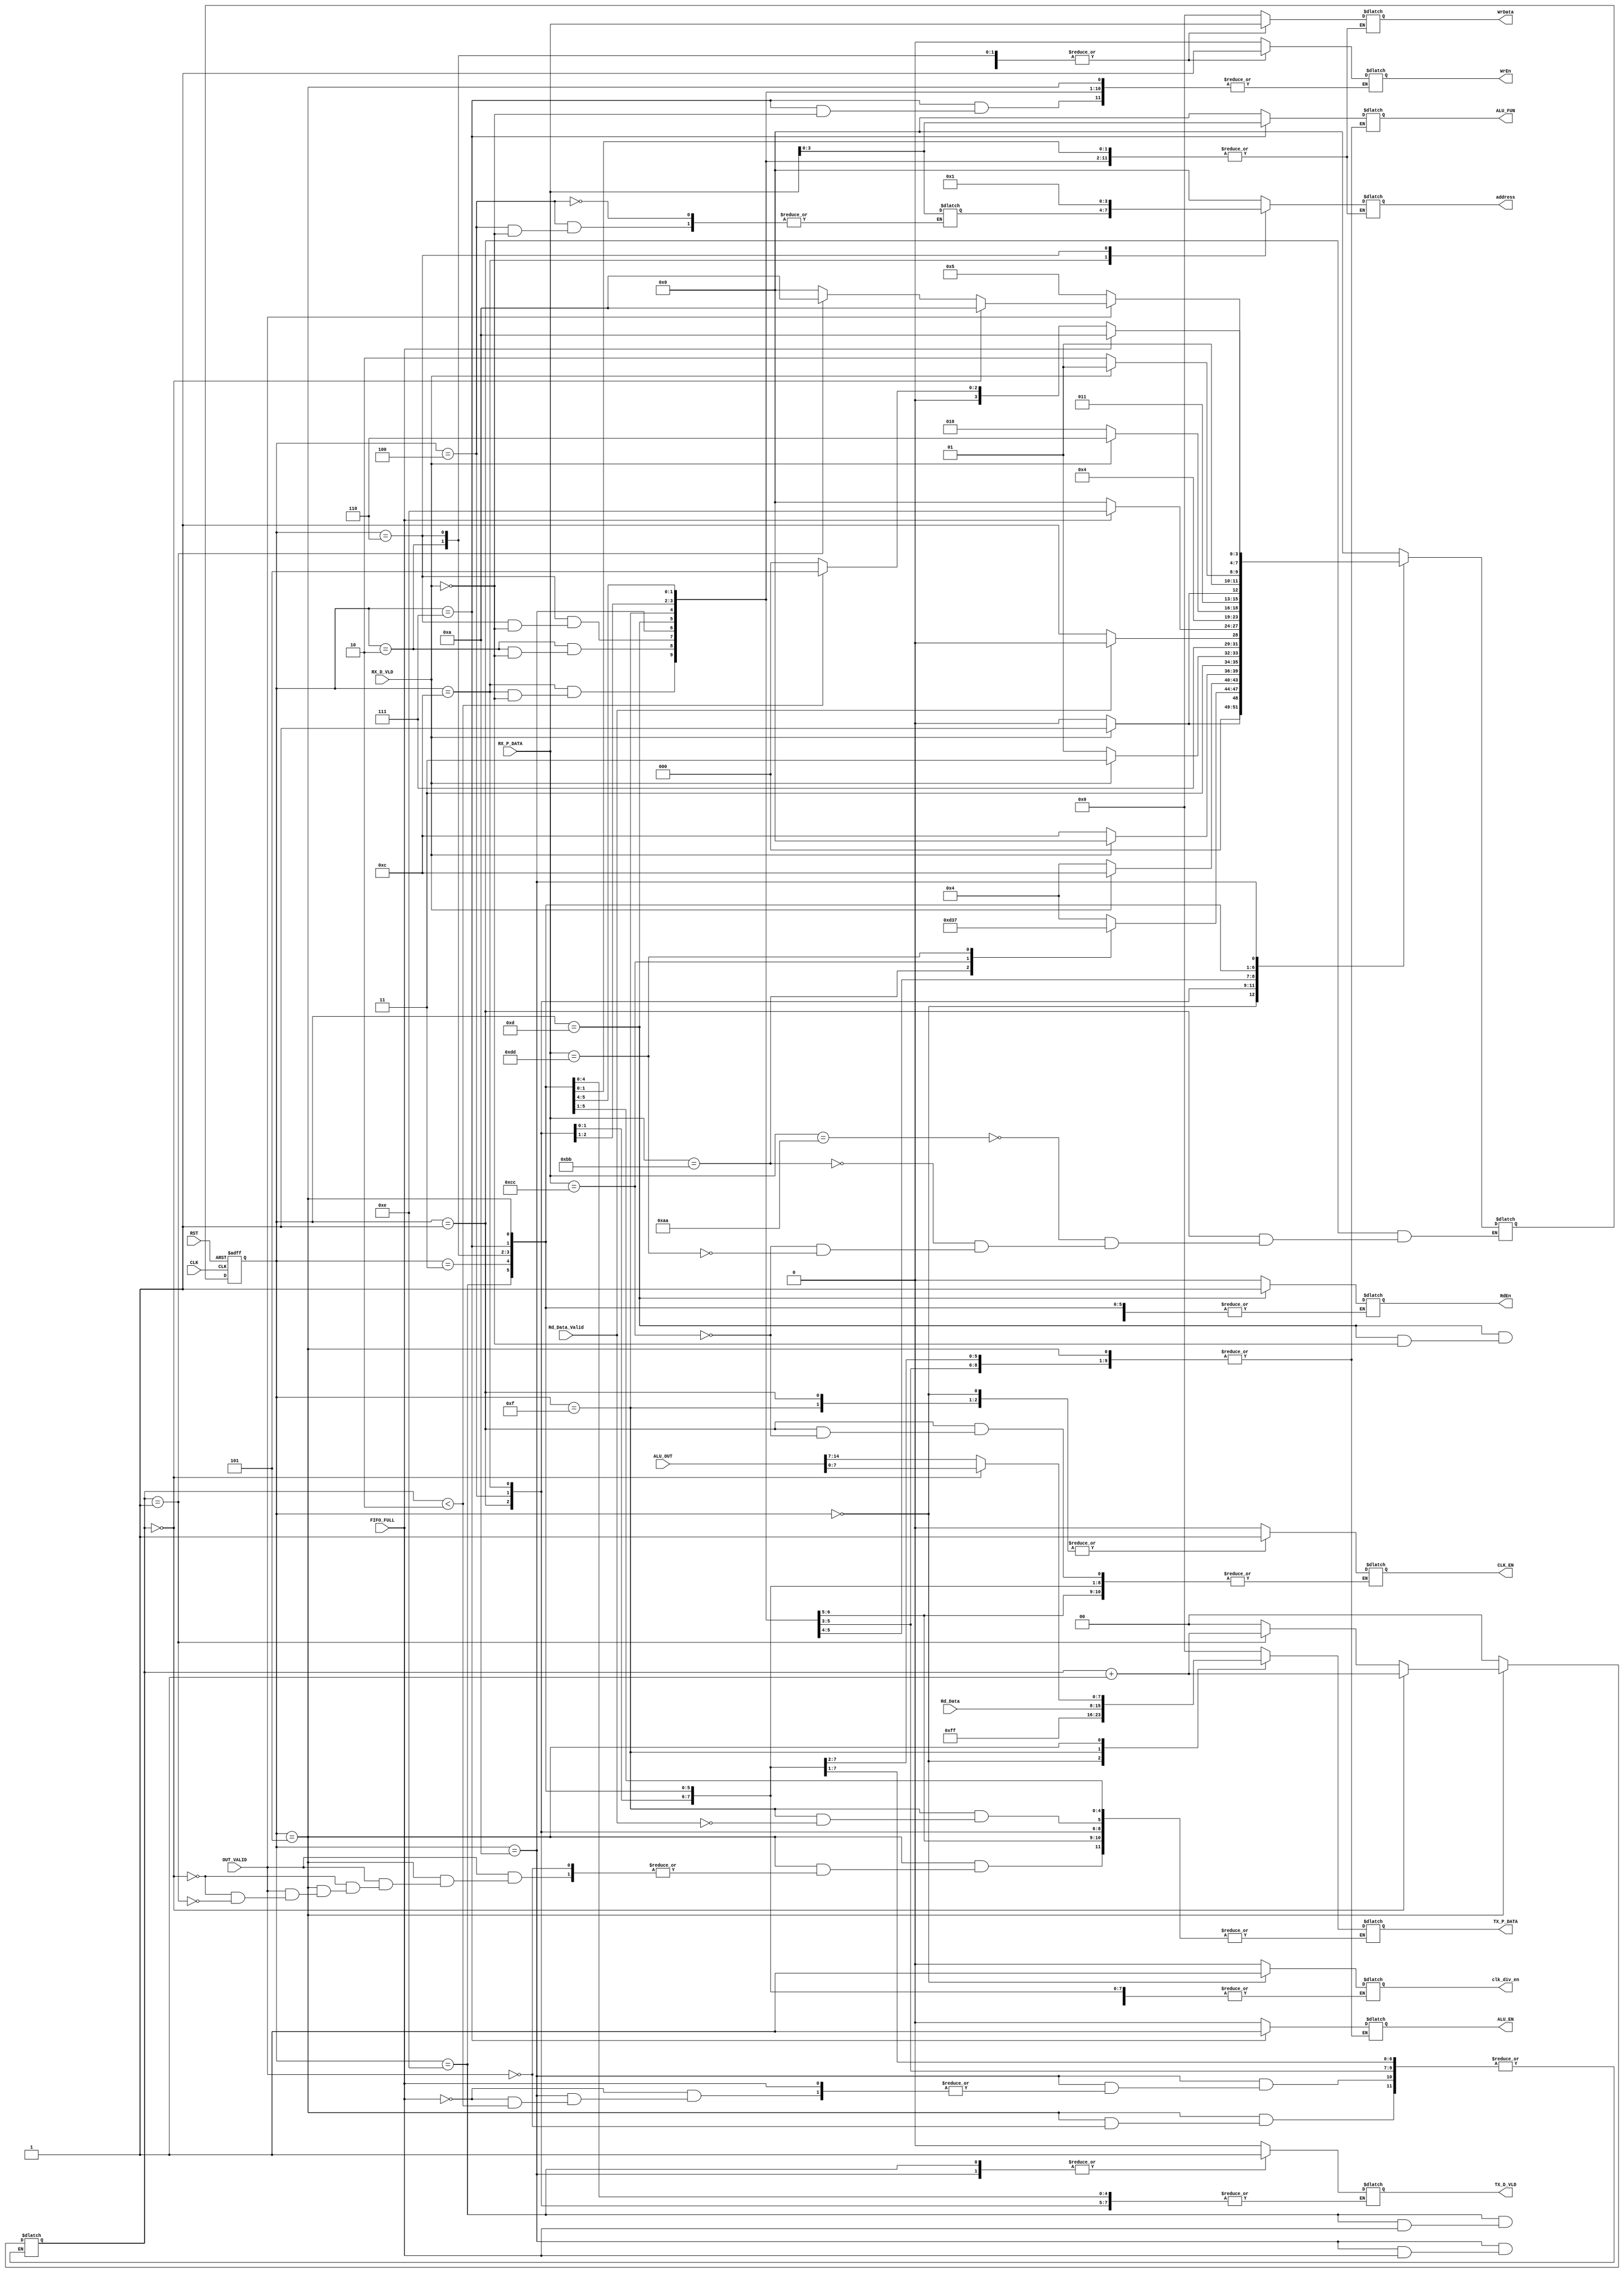
module System_FSM # ( parameter data_width = 16, frame_data_width =8 , function_width=4 , addr_width=4 ,
register_file_write_command = 8'hAA ,register_file_read_command = 8'hBB ,ALU_with_op_command = 8'hCC ,
ALU_without_op_command = 8'hDD)(
  
  input [data_width-1:0] ALU_OUT,
  input wire OUT_VALID , RX_D_VLD , Rd_Data_Valid,
  input wire [frame_data_width-1:0] RX_P_DATA , Rd_Data ,
  input wire CLK,RST,
  input wire FIFO_FULL,
  
  output reg ALU_EN , CLK_EN , WrEn , RdEn , TX_D_VLD , clk_div_en,
  output reg [frame_data_width-1:0] WrData , TX_P_DATA ,
  output reg [function_width-1:0] ALU_FUN,
  output reg [addr_width-1:0] address
  );
  
  localparam [3:0] IDLE = 'b0000,
                   RX_Recieve = 'b0001,
                   ALU_Operation = 'b0011 ,
                   Operand_A = 'b0010,
                   Operand_B = 'b0110,
                   ALU_fun = 'b0111 ,
                   ALU_Done = 'b0101,
                   Reg_file_write_address = 'b0100 ,
                   Reg_file_write_data = 'b1100 ,
                   Reg_file_read_address = 'b1101 ,
                   Register_file_read = 'b1111,
                   FIFO_PUSH = 'b1110 ,
                   FIFO_PUSH_ALU = 'b1010 ;

                   
                   
reg [3:0] current_state , next_state;
reg [frame_data_width-1:0] recieved_data;
reg [frame_data_width-1:0] recieved_address;
reg [addr_width-1:0] read_address;
reg [frame_data_width-1:0] read_data;

reg [frame_data_width-1:0] Operand1;
reg [frame_data_width-1:0] Operand2;
reg [data_width-1:0] alu_output;

reg [1:0] count ;

always@(posedge CLK or negedge RST)
  begin
    if(!RST)
      begin
        current_state <= IDLE;
      end
    else
      begin
      current_state <= next_state;
      end
  end


always@(*)
  begin
    case(current_state)

      IDLE: begin
        ALU_EN = 'b0;
        CLK_EN = 'b1;
        WrEn = 'b0;
        RdEn = 'b0;
        TX_D_VLD = 'b0;
        clk_div_en = 'b1;
        ALU_FUN = 'b0;
        WrData = 'b0;
        TX_P_DATA = 'hFF;
        address = 'b0;
        count = 'd0;
        if(RX_D_VLD)
          begin
            next_state = RX_Recieve;
          end
        else
          begin
            next_state = IDLE;
          end
        
      end
      
      RX_Recieve: begin
        
        case(RX_P_DATA)
          
          register_file_write_command: begin
            
            next_state = Reg_file_write_address;
          end
          
          register_file_read_command: begin
            
            next_state = Reg_file_read_address;
          end
          
          ALU_with_op_command: begin
            CLK_EN = 'b1;
            next_state = ALU_Operation;
          end
          
          ALU_without_op_command: begin
            next_state = ALU_fun;
          end
          
      endcase
    end
    
      Reg_file_write_address: begin
        if(RX_D_VLD)
          begin
            recieved_address = RX_P_DATA;
            next_state = Reg_file_write_data;
          end
        else
          begin
            next_state = Reg_file_write_address;
          end  
      end
      
      Reg_file_write_data: begin
        
        if(RX_D_VLD)
          begin
            recieved_data = RX_P_DATA;
            WrEn = 'b1;
            address = recieved_address;
            WrData = recieved_data;
            next_state = IDLE;
          end
        else
          begin
            next_state = Reg_file_write_data;
          end 
      end
      
      Reg_file_read_address: begin
        
        if(RX_D_VLD)
          begin
            read_address = RX_P_DATA;
            RdEn = 'b1;
            next_state = Register_file_read;
          end
        else
          begin
            next_state = Reg_file_read_address;
          end 
      end
      
      Register_file_read: begin
        CLK_EN = 'b1;
        if(Rd_Data_Valid)
          begin
            RdEn = 'b0;
            
            read_data = Rd_Data;
            TX_P_DATA = read_data;
            next_state= FIFO_PUSH;
            
          end
          
        else
          begin
            next_state = Register_file_read;
          end
        
      end
      
      FIFO_PUSH: begin
          if(!FIFO_FULL)
              begin
                TX_D_VLD = 'b1;
                next_state= IDLE;
              end
            else
              begin
                next_state = FIFO_PUSH ;
              end
     
      end
      
      ALU_Operation: begin
        
        next_state = Operand_A;

      end
      
      Operand_A: begin
        
        if(RX_D_VLD)
          begin
            Operand1 = RX_P_DATA;
            address = 'd0;
            WrData = Operand1;
            WrEn = 'b1;
            next_state = Operand_B;
          end
        else
          begin
            next_state = Operand_A;
          end 
      end
      
      Operand_B: begin

        if(RX_D_VLD)
          begin
            Operand2 = RX_P_DATA;
            address = 'd1;
            WrData = Operand2;
            WrEn = 'b1;
            next_state = ALU_fun;
          end
        else
          begin
            next_state = Operand_B;
          end
      end

      
      ALU_fun: begin
        if(RX_D_VLD)
          begin
            ALU_FUN = RX_P_DATA;
            WrEn = 'b0;
            ALU_EN ='b1;
            next_state = ALU_Done;
          end
        else
          begin
            next_state = Operand_B;
          end
      end
      
      ALU_Done: begin
        
        if(OUT_VALID)
          begin
            alu_output = ALU_OUT;
            if(count == 'b0)
              begin
                TX_P_DATA = alu_output[7:0];
                next_state = FIFO_PUSH_ALU;
                count = count+1;
              end
            else if(count == 'b1)
              begin
                TX_P_DATA = alu_output[15:7];
                next_state = FIFO_PUSH_ALU;
                count = count+1;
              end
            else
              begin
                next_state = IDLE;
                count ='d0;
              end
          end
          
        else
          begin
            next_state = ALU_Done;
          end
      end

      FIFO_PUSH_ALU: begin
          if(!FIFO_FULL)
              begin
                TX_D_VLD = 'b1;
                if(count < 'd2)
                  begin
                    next_state= ALU_Done;
                  end
                else
                  begin
                    next_state= IDLE;
                    count ='d0;
                  end
              end
            else
              begin
                next_state = FIFO_PUSH_ALU ;
              end
     
      end
      default: begin
        
        ALU_EN = 'b0;
        CLK_EN = 'b0;
        WrEn = 'b0;
        RdEn = 'b0;
        TX_D_VLD = 'b0;
        clk_div_en = 'b0;
        ALU_FUN = 'b0;
        WrData = 'b0;
        TX_P_DATA = 'b0;
        address = 'b0;
        count = 'd0;
        next_state = IDLE;
      end
      
  endcase
end
  
  
endmodule